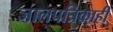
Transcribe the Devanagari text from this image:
जालपत्रिकाही